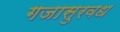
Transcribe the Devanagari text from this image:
गजासुरवध